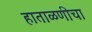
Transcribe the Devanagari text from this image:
हाताळणीचा